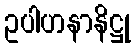
ဥပါဟနာနိဋ္ဌု